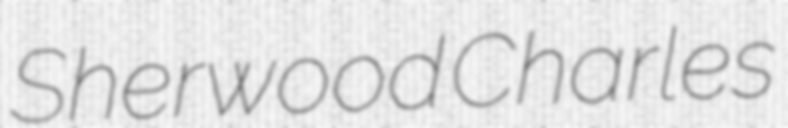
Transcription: Sherwood Charles